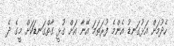
ހެދުމަށް އަޅުގަނޑު އެންމެ ފުރަތަމަ އޭނާ އަށް ގުޅީ ގާތްގަނޑަކަށް މީގެ ދެ